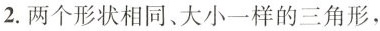
2.两个形状相同、大小一样的三角形，